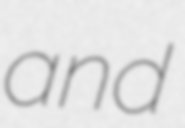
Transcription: and